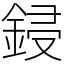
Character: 鋟